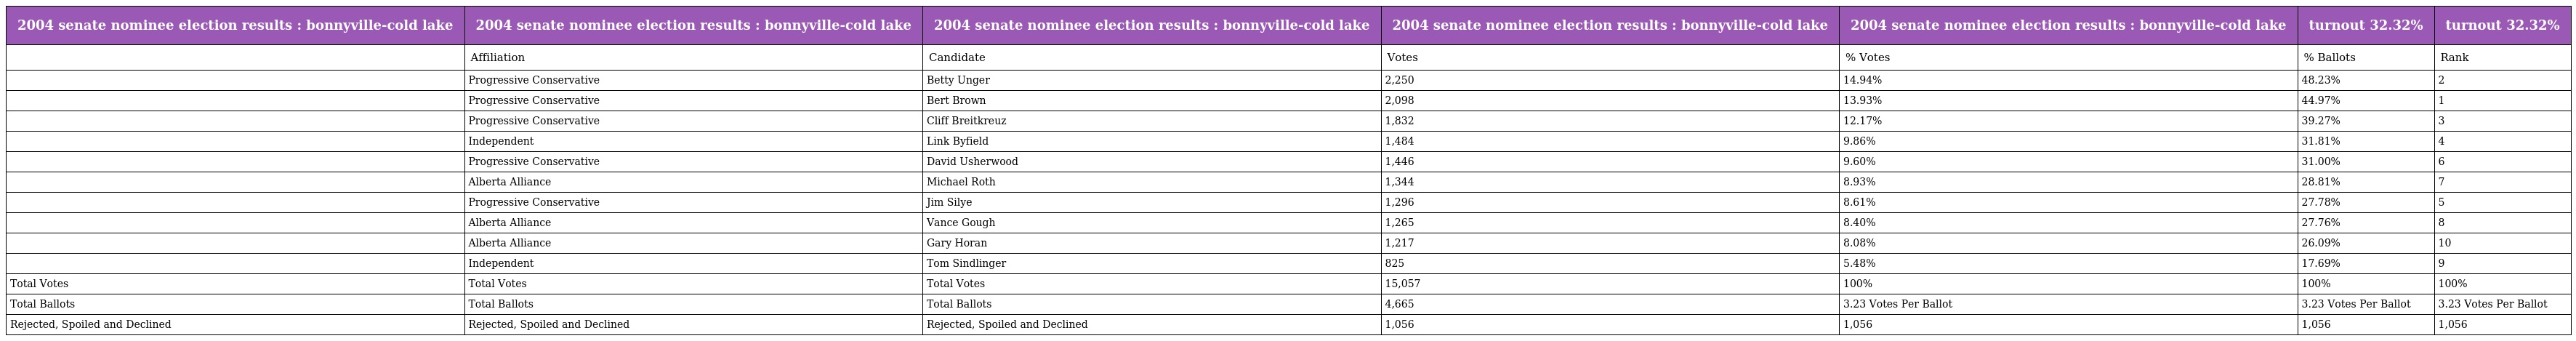
| 2004 senate nominee election results : bonnyville-cold lake | 2004 senate nominee election results : bonnyville-cold lake | 2004 senate nominee election results : bonnyville-cold lake | 2004 senate nominee election results : bonnyville-cold lake | 2004 senate nominee election results : bonnyville-cold lake | turnout 32.32% | turnout 32.32% |
 | --- | --- | --- | --- | --- | --- | --- |
 |  | Affiliation | Candidate | Votes | % Votes | % Ballots | Rank |
 |  | Progressive Conservative | Betty Unger | 2,250 | 14.94% | 48.23% | 2 |
 |  | Progressive Conservative | Bert Brown | 2,098 | 13.93% | 44.97% | 1 |
 |  | Progressive Conservative | Cliff Breitkreuz | 1,832 | 12.17% | 39.27% | 3 |
 |  | Independent | Link Byfield | 1,484 | 9.86% | 31.81% | 4 |
 |  | Progressive Conservative | David Usherwood | 1,446 | 9.60% | 31.00% | 6 |
 |  | Alberta Alliance | Michael Roth | 1,344 | 8.93% | 28.81% | 7 |
 |  | Progressive Conservative | Jim Silye | 1,296 | 8.61% | 27.78% | 5 |
 |  | Alberta Alliance | Vance Gough | 1,265 | 8.40% | 27.76% | 8 |
 |  | Alberta Alliance | Gary Horan | 1,217 | 8.08% | 26.09% | 10 |
 |  | Independent | Tom Sindlinger | 825 | 5.48% | 17.69% | 9 |
 | Total Votes | Total Votes | Total Votes | 15,057 | 100% | 100% | 100% |
 | Total Ballots | Total Ballots | Total Ballots | 4,665 | 3.23 Votes Per Ballot | 3.23 Votes Per Ballot | 3.23 Votes Per Ballot |
 | Rejected, Spoiled and Declined | Rejected, Spoiled and Declined | Rejected, Spoiled and Declined | 1,056 | 1,056 | 1,056 | 1,056 |